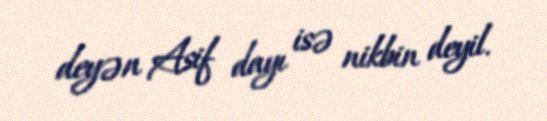
deyən Asif dayı isə nikbin deyil.